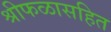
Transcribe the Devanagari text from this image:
श्रीफळासहित